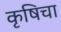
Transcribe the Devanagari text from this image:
कृषिचा